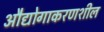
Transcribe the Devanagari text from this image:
औद्योगाकरणशील